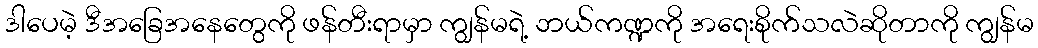
ဒါပေမဲ့ ဒီအခြေအနေတွေကို ဖန်တီးရာမှာ ကျွန်မရဲ့ ဘယ်ကဏ္ဍကို အရေးစိုက်သလဲဆိုတာကို ကျွန်မ